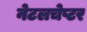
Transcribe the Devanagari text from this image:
नेटलचेप्टर